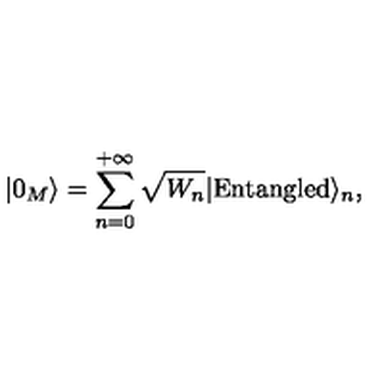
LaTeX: | 0 _ { M } \rangle = \sum _ { n = 0 } ^ { + \infty } \sqrt { W _ { n } } | \mathrm { E n t a n g l e d } \rangle _ { n } ,